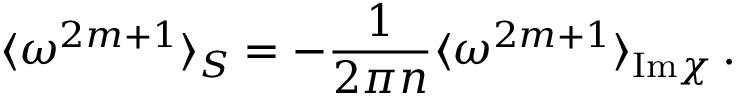
\langle \omega ^ { 2 m + 1 } \rangle _ { S } = - \frac { 1 } { 2 \pi { n } } \langle \omega ^ { 2 m + 1 } \rangle _ { \mathrm { I m } \chi } \, .